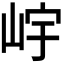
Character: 𡷎